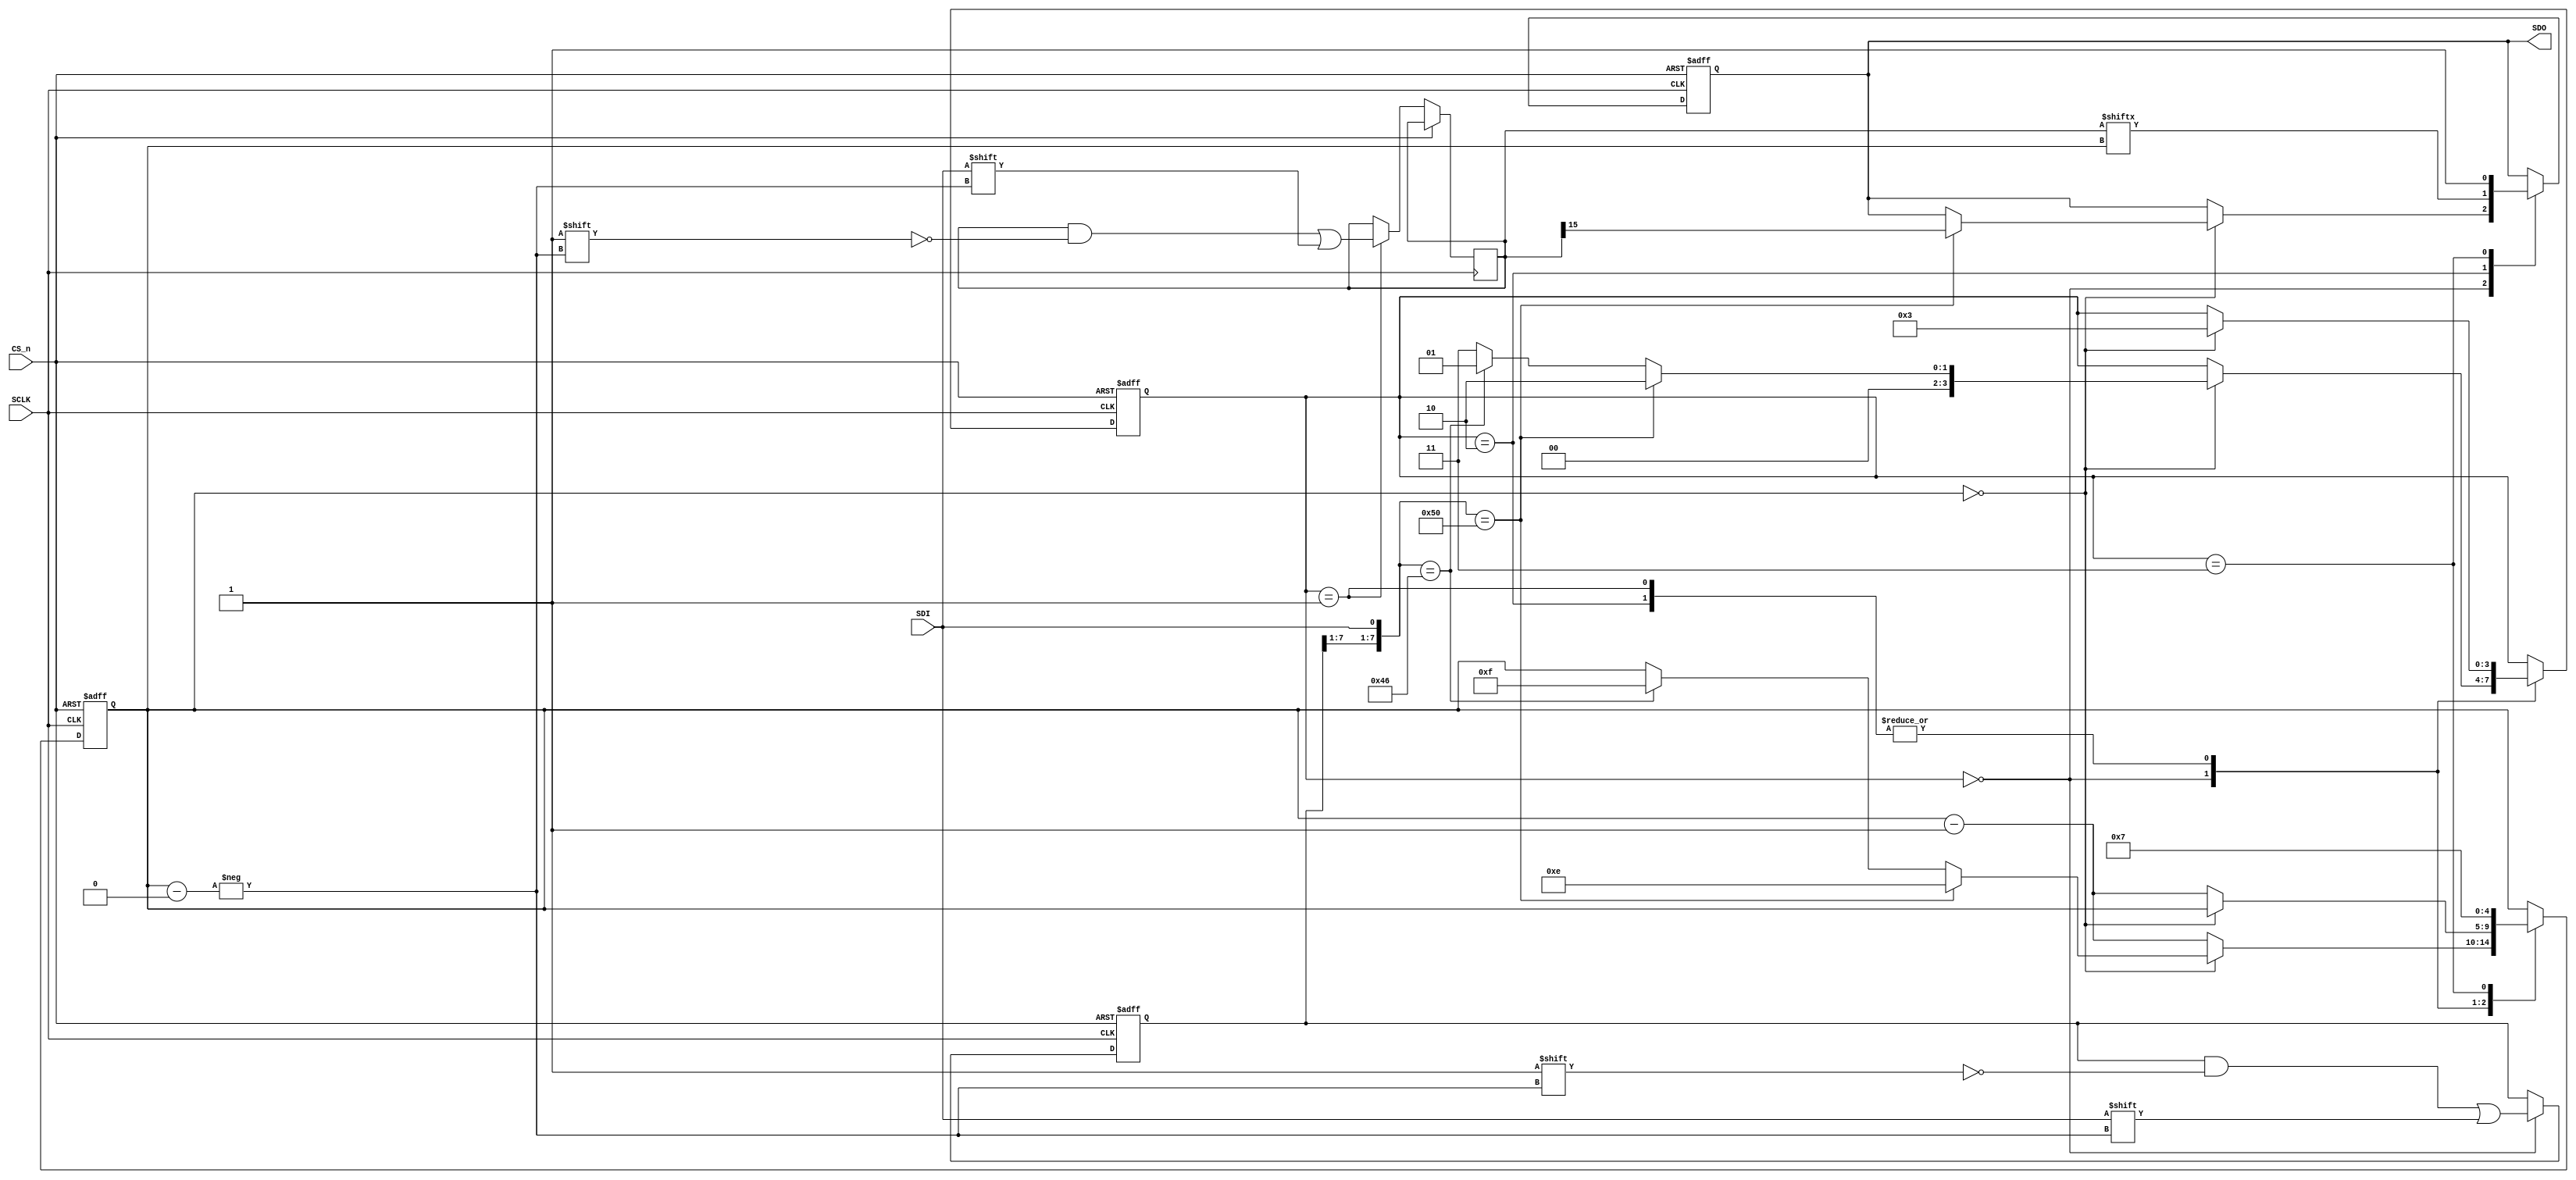
`timescale 1ns/1ps

module    spi_register 
     (
      input 	 SCLK,
      input 	 CS_n,
      output reg SDO,
      input 	 SDI
      );

   reg [15:0] 	 d;        // stored data
   reg [7:0] 	 cmd_code; // received command
   reg [4:0] 	 bit_index;
   
   reg [3:0] 	 state;

   localparam CMD_STATE  = 0;
   localparam PUT_STATE  = 1;
   localparam GET_STATE  = 2;
   localparam DONE_STATE = 3;

   localparam GET_CODE = 8'h50;
   localparam PUT_CODE = 8'h46;
   
      
   initial begin
      d = 16'hABCD;
      state = 0;      
   end

   always @(negedge SCLK, posedge CS_n) begin
      // CS_n acts like a reset:
      if (CS_n) begin
	 state     <= CMD_STATE;  
	 SDO       <= 1;         // SDO is HIGH when unused
	 bit_index <= 7;         // Get ready to read MSB of command code
	 cmd_code  <= 0;         // Initialize to NULL command
      end
      // When CS_n goes LOW, the process starts:
      else begin
	 case (state)
	   CMD_STATE:
	     begin
		cmd_code[bit_index] <= SDI;
		if (bit_index == 0) begin // check command code
		   $display("Peripheral detected command code %h",{cmd_code[7:1],SDI});
		   
		   if ({cmd_code[7:1],SDI}==GET_CODE) begin
		      // start writing bits immediately:
		      SDO       <= d[15];  
		      bit_index <= 14;
		      state     <= GET_STATE;
		   end
		   else if ({cmd_code[7:1],SDI}==PUT_CODE) begin
		      bit_index <= 15;
		      state <= PUT_STATE;
		   end
		   else // invalid command code
		     state <= DONE_STATE;
		   
		end
		else begin
		   bit_index <= bit_index - 1;		   
		end
	     end // case: CMD_STATE
	   GET_STATE:
	     begin
		// Write register bits serially onto SDO:
		SDO <= d[bit_index];
		// Decrement bit_index until done:
		if (bit_index == 0)
		  state <= DONE_STATE;
		else
		  bit_index <= bit_index-1;		
	     end
	   PUT_STATE:
	     begin
		// Load register bits serially from SDI:
		d[bit_index] <= SDI;
		// Decrement bit_index until done:
		if (bit_index == 0)
		  state <= DONE_STATE;
		else
		  bit_index <= bit_index-1;
	     end
	   DONE_STATE:
	     begin
		// Once done, just wait until CS_n goes high again
		// to reset the interface.
		bit_index <= 7;
		SDO       <= 1;		
	     end
	 endcase 
      end
   end
   

endmodule //